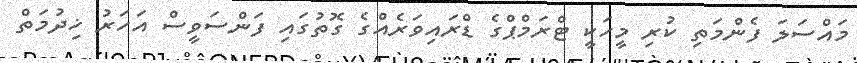
މައްސަލަ ފެންމަތި ކުރި މީހަކީ ޓްރަމްޕްގެ ޑްރައިވަރެއްގެ ގޮތުގައި ފަންސަވީސް އަހަރު ޚިދުމަތް